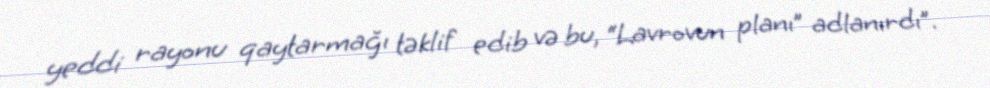
yeddi rayonu qaytarmağı təklif edib və bu, “Lavrovun planı” adlanırdı”.